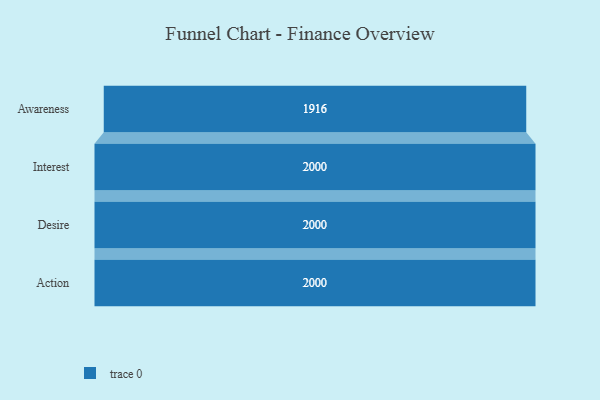
{"axis": {"x": "Stage", "y": "Value"}, "legend": [""], "data": [{"x": "Awareness", "y": 1916.0, "type": ""}, {"x": "Interest", "y": 2000, "type": ""}, {"x": "Desire", "y": 2000, "type": ""}, {"x": "Action", "y": 2000, "type": ""}]}